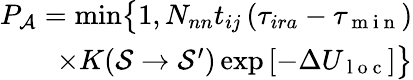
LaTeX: \begin{array}{r}{P_{\mathcal{A}}=\operatorname*{min}\bigr\{ 1,N_{nn}t_{ij}\left(\tau_{ira}-\tau_{\mathrm{~m~i~n~}}\right)}\\ {\times K(\mathcal{S}\rightarrow\mathcal{S}^{\prime})\exp\left[-\Delta U_{\mathrm{~l~o~c~}}\right]\bigr\} }\end{array}